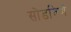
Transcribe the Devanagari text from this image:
सोडविणें